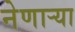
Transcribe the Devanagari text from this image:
नेणाऱ्‍या